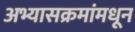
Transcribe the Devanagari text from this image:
अभ्यासक्रमांमधून